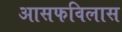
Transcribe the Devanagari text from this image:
आसफविलास